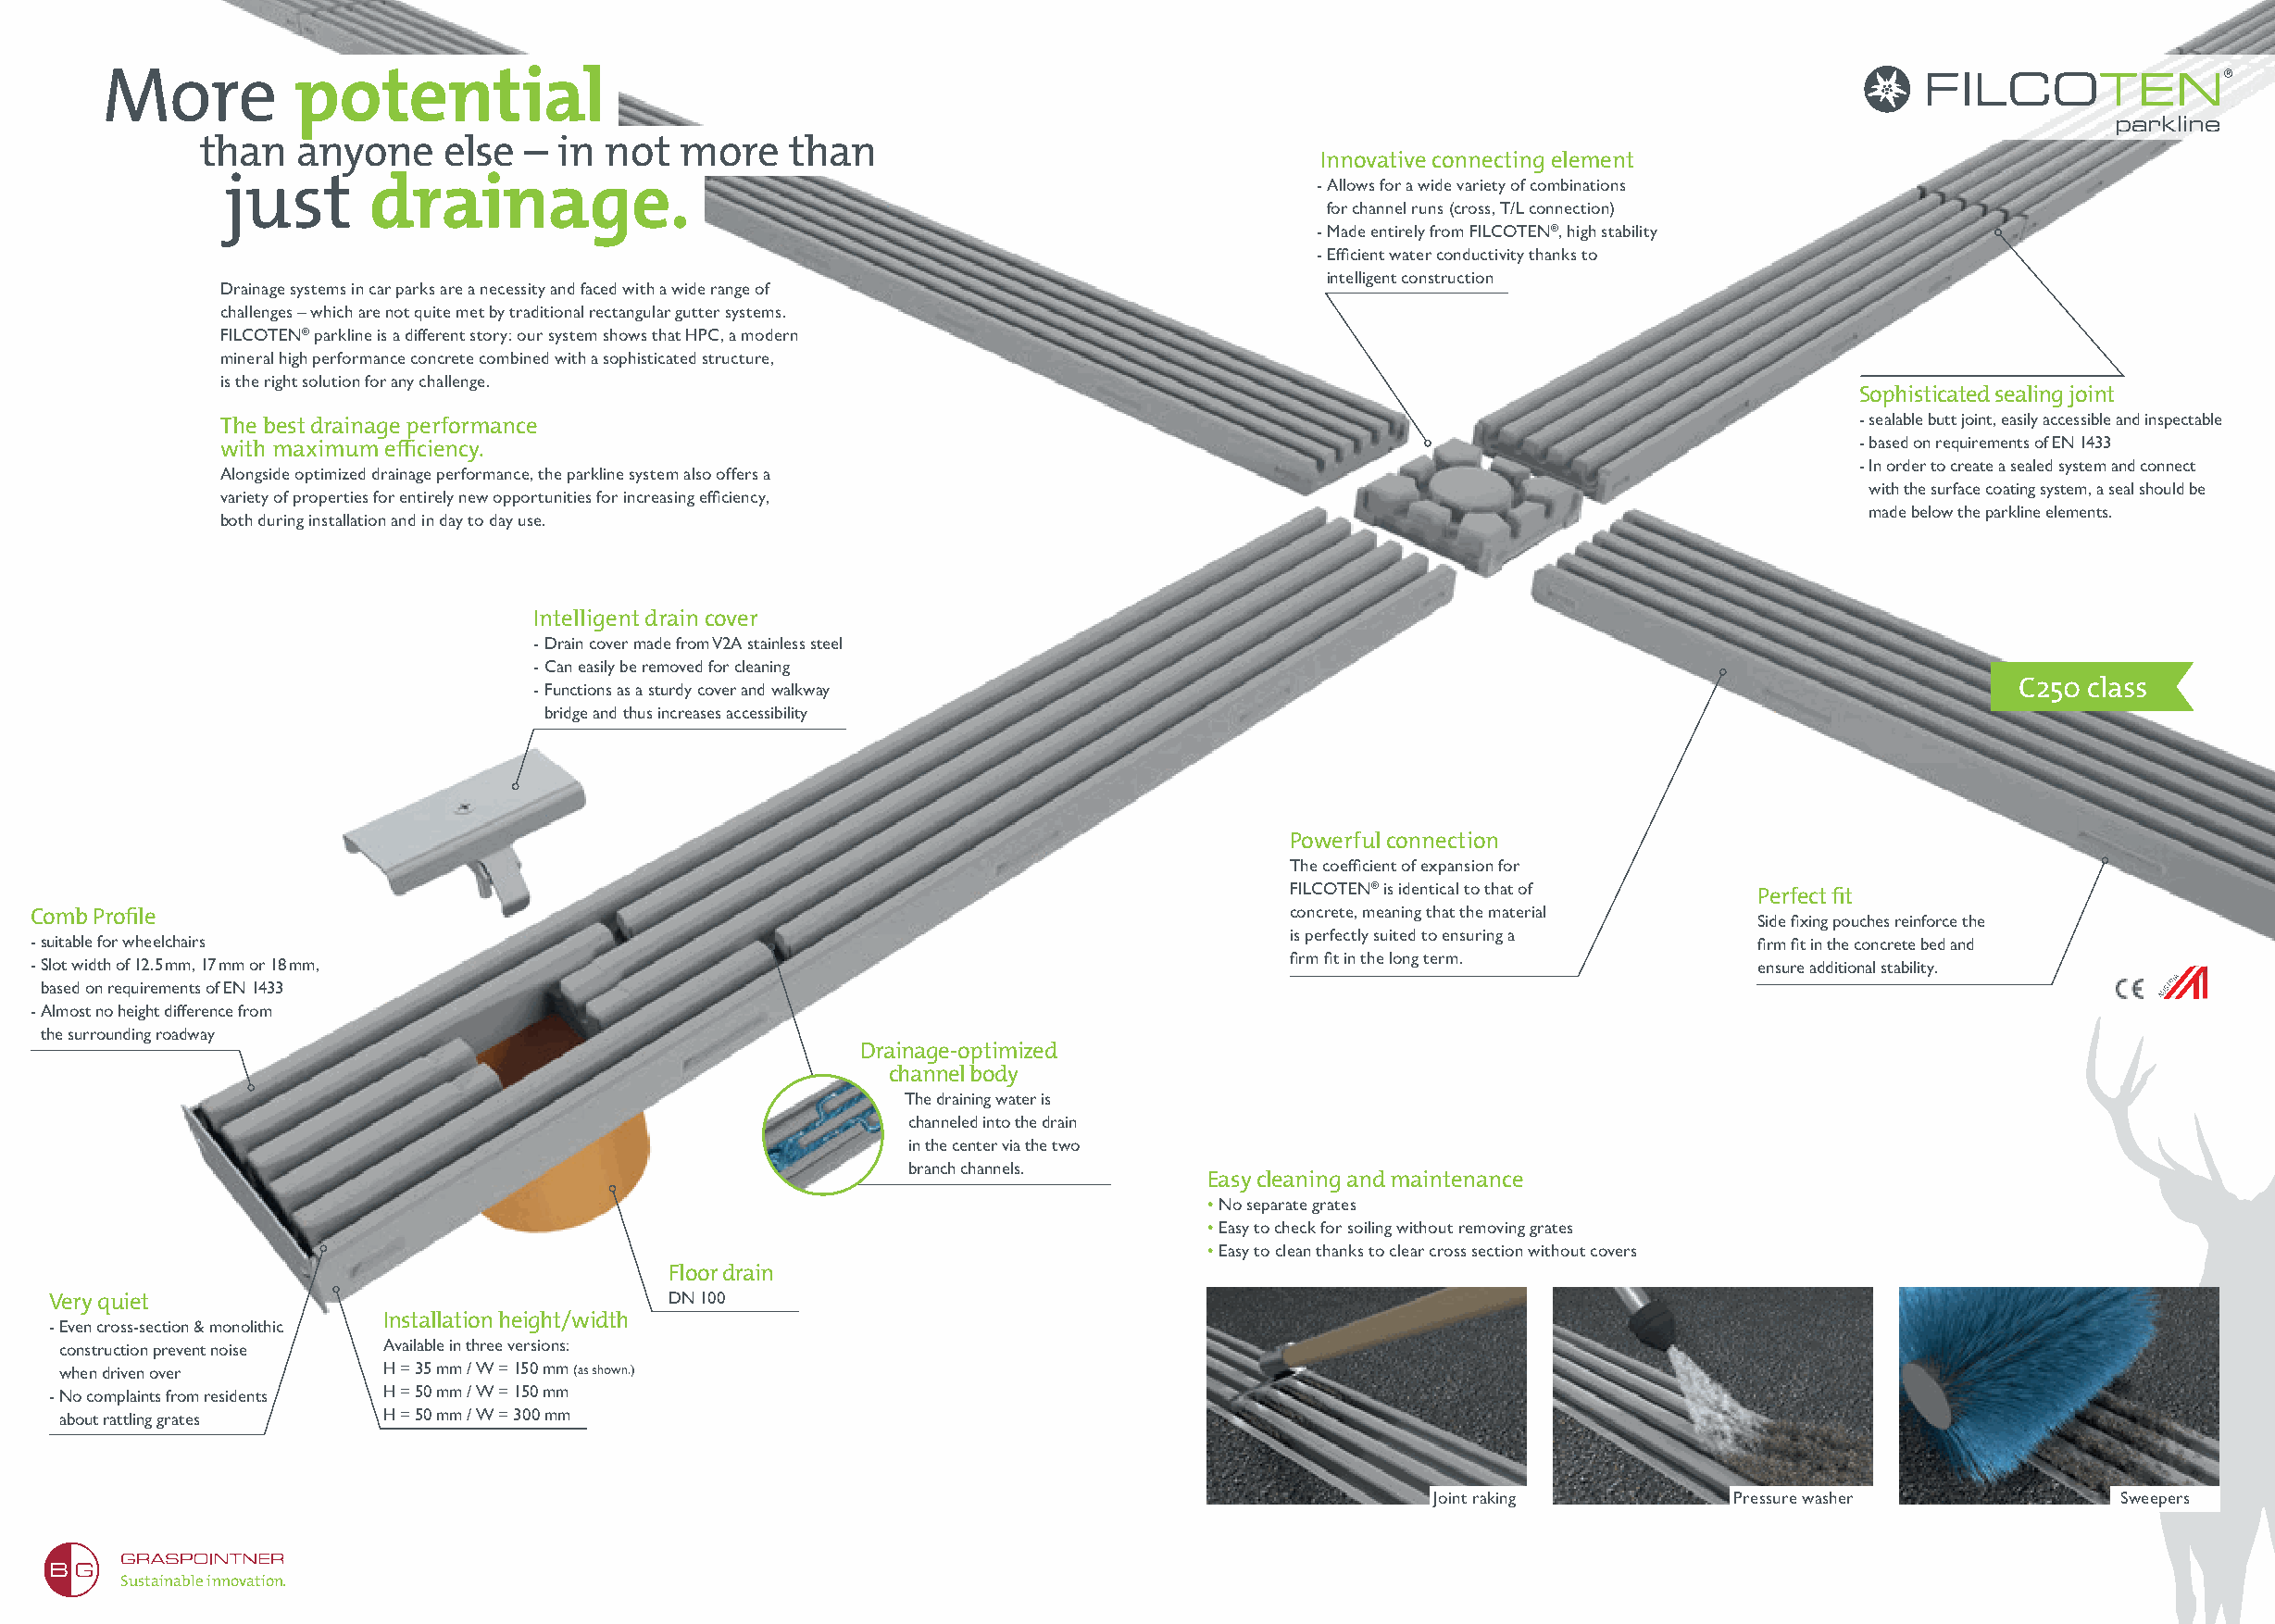
More          potential
 parkline
 than   anyone     else  – in not   more   than
 Innovative connecting element
 just       drainage.                                                          - Allows for a wide variety of combinations
 for channel runs (cross, T/L connection)
 - Made entirely from FILCOTEN®, high stability
 - Efficient water conductivity thanks to
 intelligent construction
 Drainage systems in car parks are a necessity and faced with a wide range of
 challenges – which are not quite met by traditional rectangular gutter systems.
 FILCOTEN® parkline is a different story: our system shows that HPC, a modern
 mineral high performance concrete combined with a sophisticated structure,
 is the right solution for any challenge.
 Sophisticated sealing joint
 The best drainage performance                                                                                        - s ealable butt joint, easily accessible and inspectable
 with maximum efficiency.                                                                                             - b ased on requirements of EN 1433
 - I n order to create a sealed system and connect
 Alongside optimized drainage performance, the parkline system also offers a
 with the surface coating system, a seal should be
 variety of properties for entirely new opportunities for increasing efficiency,
 made below the parkline elements.
 both during installation and in day to day use.
 Intelligent drain cover
 - Drain cover made from V2A stainless steel
 - Can easily be removed for cleaning
 - Functions as a sturdy cover and walkway                                                                 C250 class
 bridge and thus increases accessibility
 Powerful connection
 The coefficient of expansion for
 FILCOTEN® is identical to that of
 Perfect fit
 Comb Profile                                                                              concrete, meaning that the material Side fixing pouches reinforce the
 is perfectly suited to ensuring a
 - s uitable for wheelchairs                                                                                                 firm fit in the concrete bed and
 firm fit in the long term.
 - S lot width of 12.5 mm, 17 mm or 18 mm,                                                                                   ensure additional stability.
 based on requirements of EN 1433
 - A lmost no height difference from
 the surrounding roadway
 Drainage-optimized
 channel body
 The draining water is
 channeled into the drain
 in the center via the two
 branch channels.
 Easy cleaning and maintenance
 • No separate grates
 • Easy to check for soiling without removing grates
 • Easy to clean thanks to clear cross section without covers
 Floor drain
 Very quiet                                  DN 100
 Installation height/width
 - E ven cross-section & monolithic
 construction prevent noise Available in three versions:
 when driven over       H = 35 mm / W = 150 mm (as shown.)
 - N o complaints from residents H = 50 mm / W = 150 mm
 about rattling grates  H = 50 mm / W = 300 mm
 Joint raking         Pressure washer             Sweepers
 Sustainable innovation.